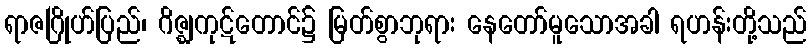
ရာဇဂြိုဟ်ပြည်၊ ဂိဇ္ဈကုဋ်တောင်၌ မြတ်စွာဘုရား နေတော်မူသောအခါ ရဟန်းတို့သည်